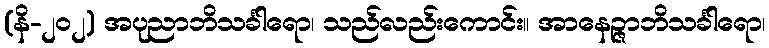
(နိ-၂၀၂) အပုညာဘိသင်္ခါရော၊ သည်လည်းကောင်း။ အာနေဉ္ဇာဘိသင်္ခါရော၊